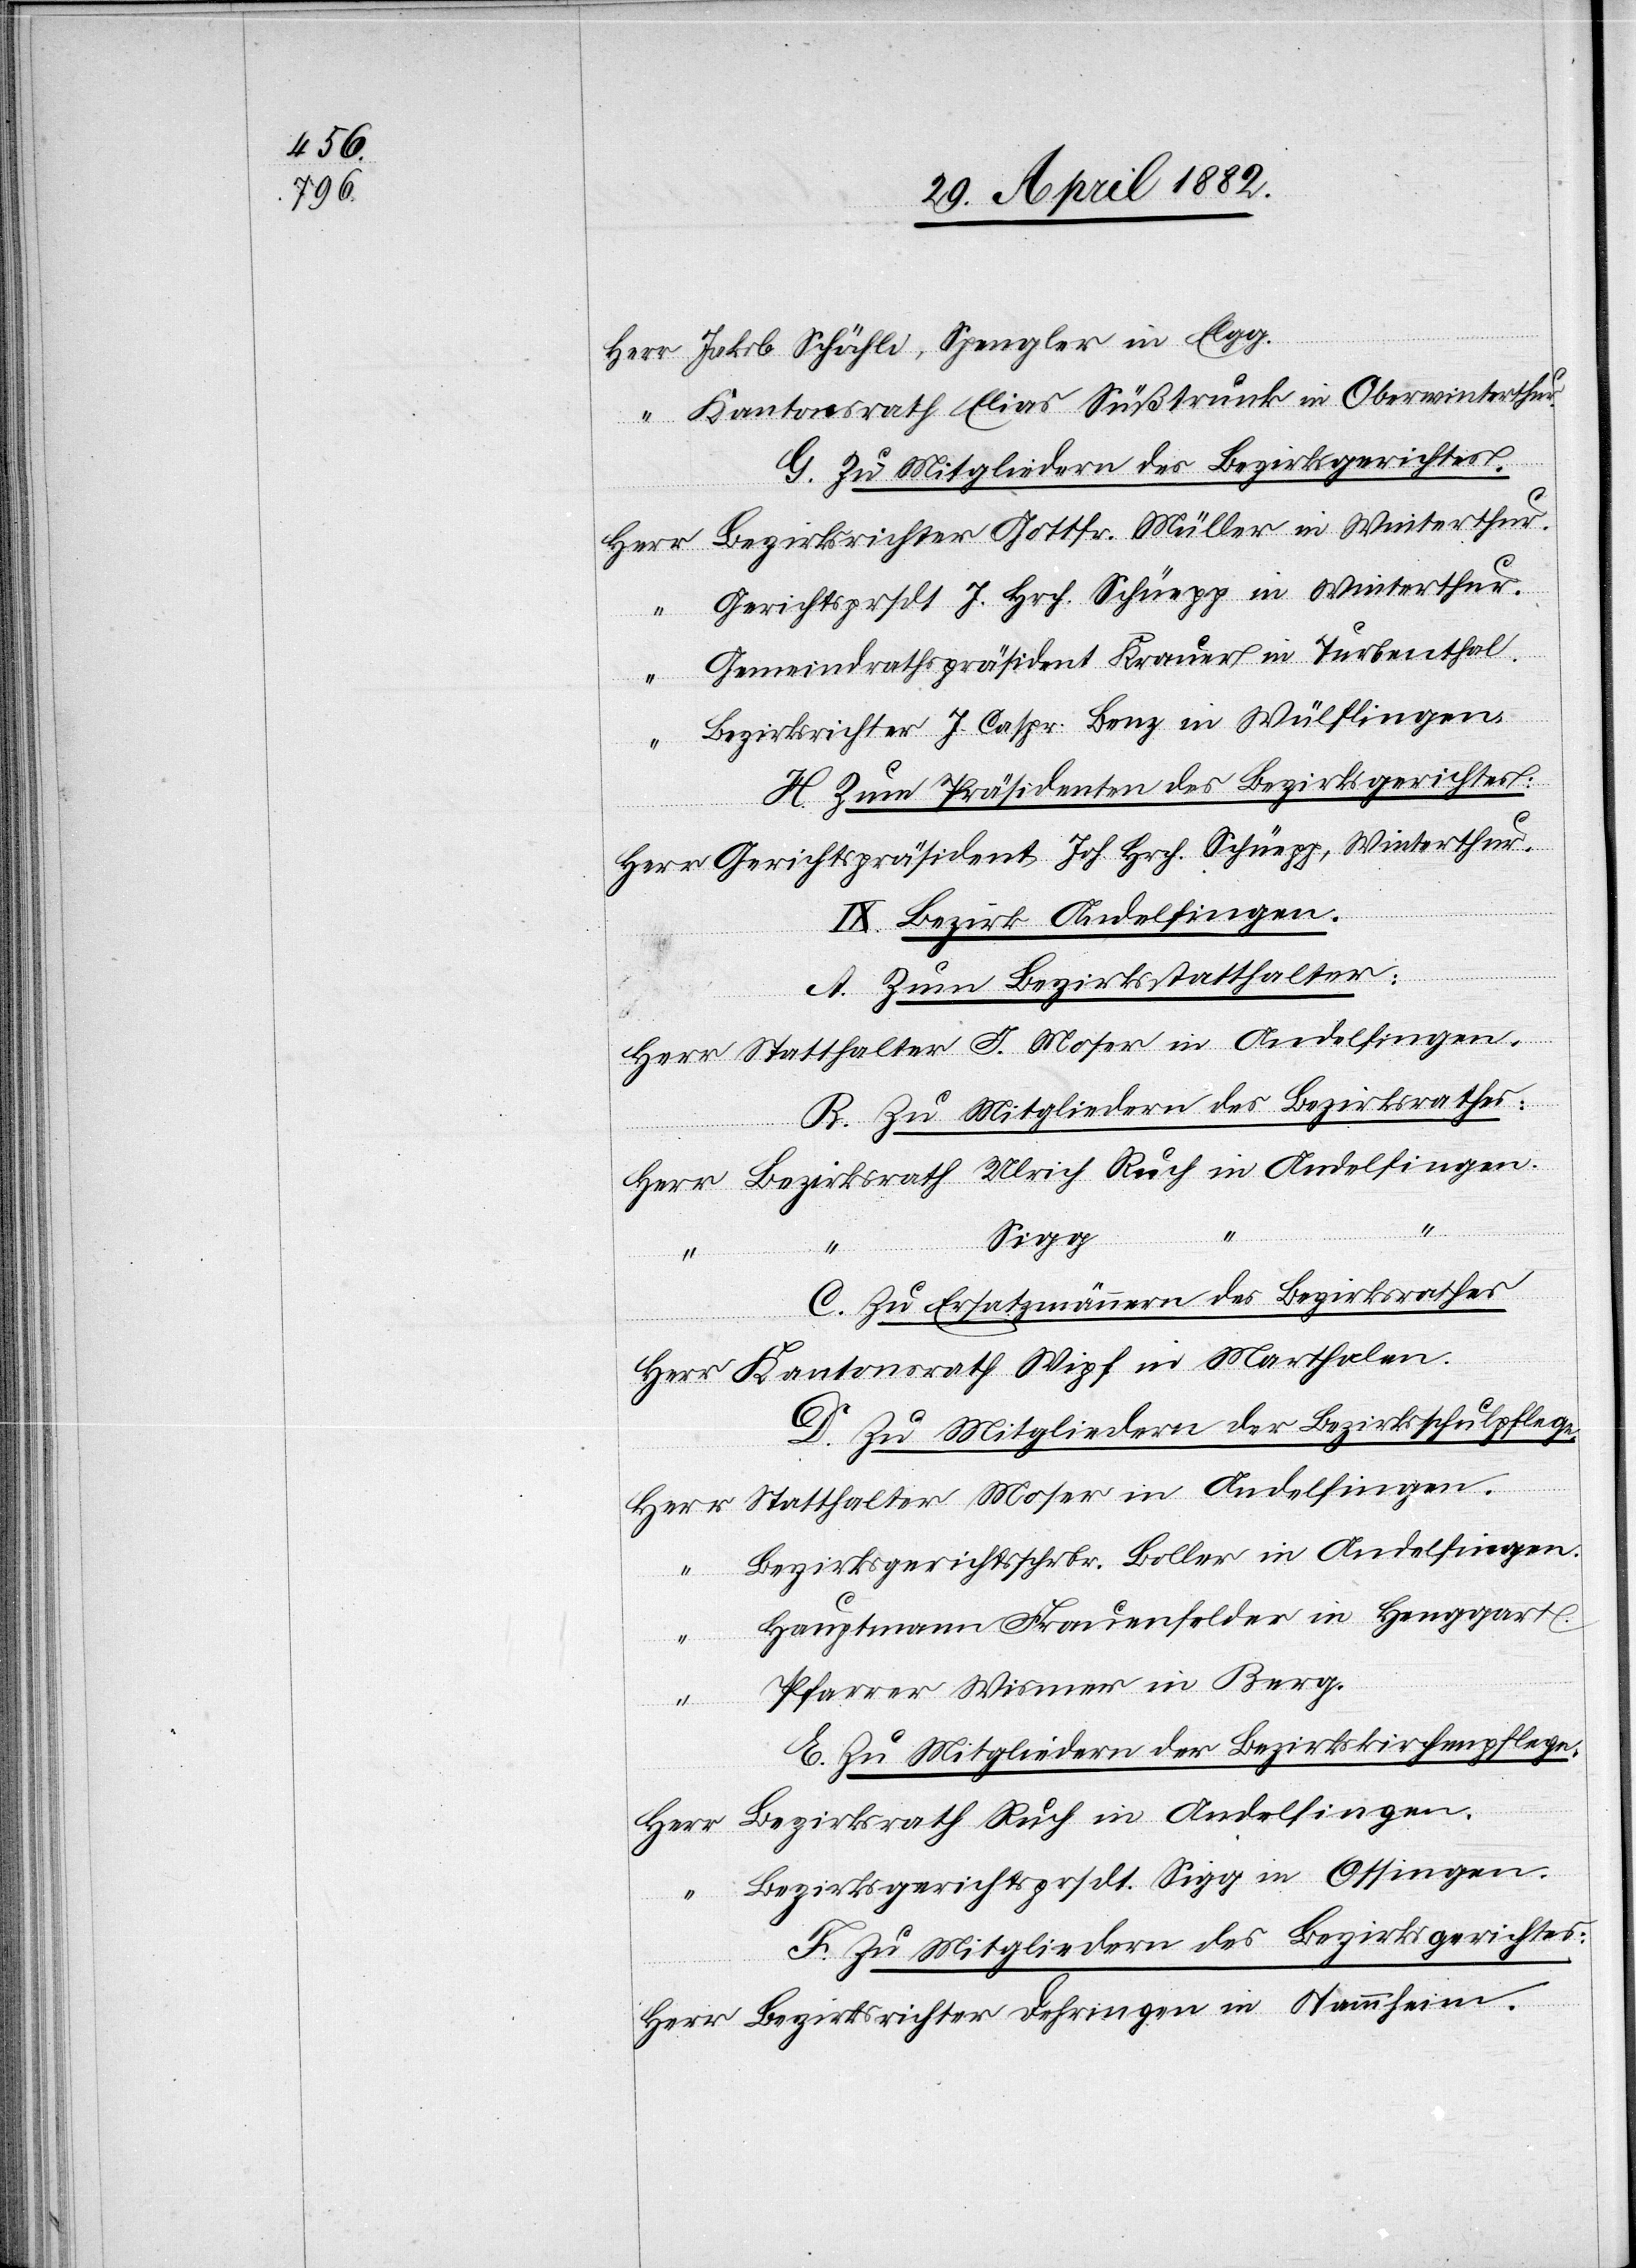
Jakob Schächli, Spengler in Elgg.
Gemeindrathspräsident Krauer in Turbenthal.
J.
H. Zum Präsidenten des Bezirksgerichtes:
Gerichtspräsident Joh. Hrch. Schüepp, Winterthur.
J. Moser in Andelfingen.
A. Zum Bezirksstatthalter:
“
B. Zu Mitgliedern des Bezirksrathes:
Sigg
C. Zu Ersatzmännern des Bezirksrathes.
D. Zu Mitgliedern der Bezirksschulpflege.
Bezirksgerichtsschrbr. Boller in Andelfingen.
in Stammheim.
E. Zu Mitgliedern der Bezirkskirchenpflege.
Bezirksgerichtsprsdt. Sigg in Ossingen.
F. Zu Mitgliedern des Bezirksgerichtes: